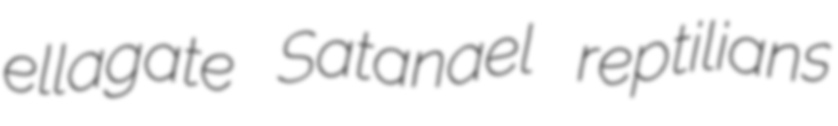
ellagate Satanael reptilians